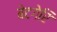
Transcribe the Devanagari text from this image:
बेटगेरि